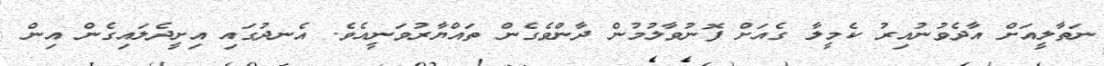
ނަތާލީއަށް އާދެވުނުއިރު ކެމީލާ ގެއަށް ފޮނުވާލުމުން ދާންވެގެން ތައްޔާރުވަނީއެވެ. އެނދުގައި އިށީދެލައިގެން އިން